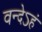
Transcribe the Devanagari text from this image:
वन्देऽहं